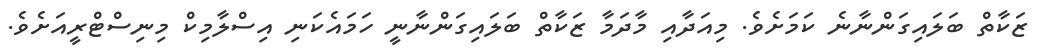
ޒަކާތް ބަލައިގަންނާނެ ކަމަށެވެ. މިއަދާއި މާދަމާ ޒަކާތް ބަަލައިގަންނާނީ ހަމައެކަނި އިސްލާމިކް މިނިސްޓްރީއަށެވެ.